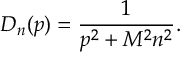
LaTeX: D _ { n } ( p ) = \frac 1 { p ^ { 2 } + M ^ { 2 } n ^ { 2 } } .